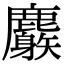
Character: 𪋧